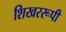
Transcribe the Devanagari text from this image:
शिखररूपी